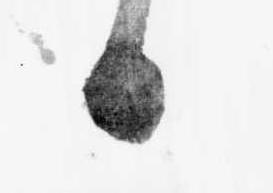
日